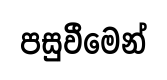
පසුවීමෙන්